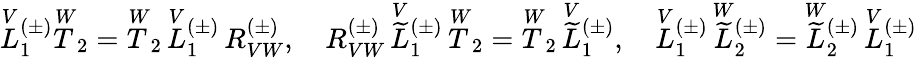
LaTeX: \overset{V}{L}{^{(\pm)}_{1}}\overset{W}{T}_{2}=\overset{W}{T}_{2}\, \overset{V}{L}{^{(\pm)}_{1}}\, R_{VW}^{(\pm)},\quad R_{VW}^{(\pm)}\, \overset{V}{\widetilde{L}}{^{(\pm)}_{1}}\, \overset{W}{T}_{2}=\overset{W}{T}_{2}\, \overset{V}{\widetilde{L}}{^{(\pm)}_{1}},\quad\overset{V}{L}{^{(\pm)}_{1}}\, \overset{W}{\widetilde{L}}{^{(\pm)}_{2}}=\overset{W}{\widetilde{L}}{^{(\pm)}_{2}}\, \overset{V}{L}{^{(\pm)}_{1}}